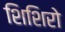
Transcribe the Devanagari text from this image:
शिशिरो